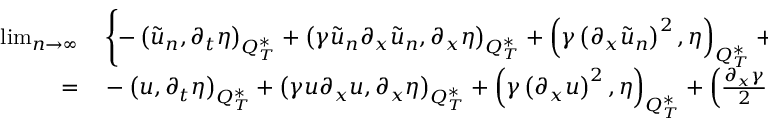
\begin{array} { r l } { \operatorname* { l i m } _ { n \rightarrow \infty } } & { { } \left\{ - \left( \tilde { u } _ { n } , \partial _ { t } \eta \right) _ { Q _ { T } ^ { * } } + \left( \gamma \tilde { u } _ { n } \partial _ { x } \tilde { u } _ { n } , \partial _ { x } \eta \right) _ { Q _ { T } ^ { * } } + \left( \gamma \left( \partial _ { x } \tilde { u } _ { n } \right) ^ { 2 } , \eta \right) _ { Q _ { T } ^ { * } } + \left( \frac { \partial _ { x } \gamma } { 2 } \partial _ { x } \tilde { u } _ { n } ^ { 2 } , \eta \right) _ { Q _ { T } ^ { * } } - \left( g _ { 0 } \tilde { u } _ { n } , \eta \right) _ { Q _ { T } ^ { * } } - \left( \varphi _ { 0 } , \eta ( x , 0 ) \right) _ { \Omega ^ { * } } \right\} } \\ { = } & { { } - \left( u , \partial _ { t } \eta \right) _ { Q _ { T } ^ { * } } + \left( \gamma u \partial _ { x } u , \partial _ { x } \eta \right) _ { Q _ { T } ^ { * } } + \left( \gamma \left( \partial _ { x } u \right) ^ { 2 } , \eta \right) _ { Q _ { T } ^ { * } } + \left( \frac { \partial _ { x } \gamma } { 2 } \partial _ { x } u ^ { 2 } , \eta \right) _ { Q _ { T } ^ { * } } - \left( g _ { 0 } u , \eta \right) _ { Q _ { T } ^ { * } } - \left( \varphi _ { 0 } , \eta ( x , 0 ) \right) _ { \Omega ^ { * } } , } \end{array}